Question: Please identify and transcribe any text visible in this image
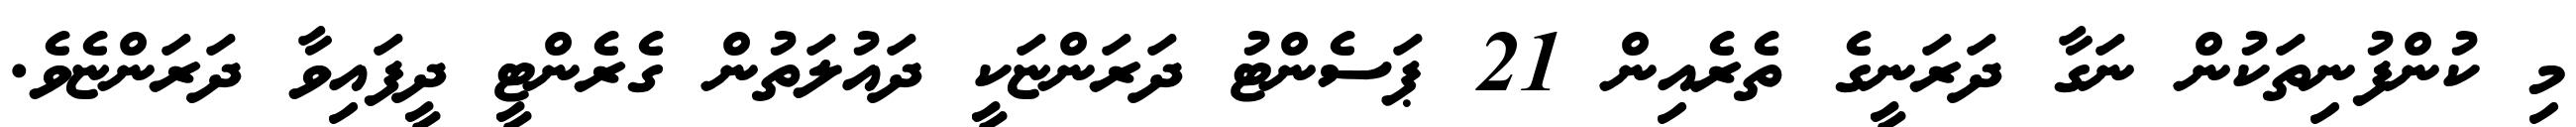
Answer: މި ކުންފުނިތަކުން ނަގާ ދަރަނީގެ ތެރެއިން 21 ޕަސެންޓު ދަރަންޏަކީ ދައުލަތުން ގެރެންޓީ ދީފައިވާ ދަރަންޏެވެ.